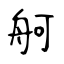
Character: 舸